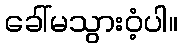
ခေါ်မသွားဝံ့ပါ။